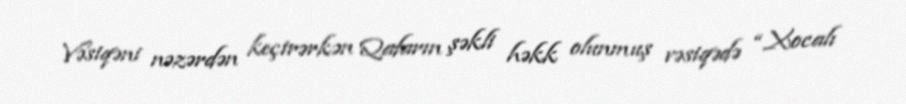
Vəsiqəni nəzərdən keçirərkən Qafarın şəkli həkk olunmuş vəsiqədə “Xocalı